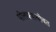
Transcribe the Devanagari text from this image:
पोलक्यासोबत